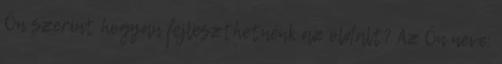
Ön szerint hogyan fejleszthetnénk az oldalt? Az Ön neve: